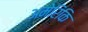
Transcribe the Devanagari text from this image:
अमेरिकि